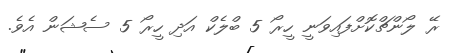
ރޭ ލޯންޗްކޮށްފައިވަނީ ހީރޯ 5 ބްލެކް އަދި ހީރޯ 5 ސެޝަން އެވެ.